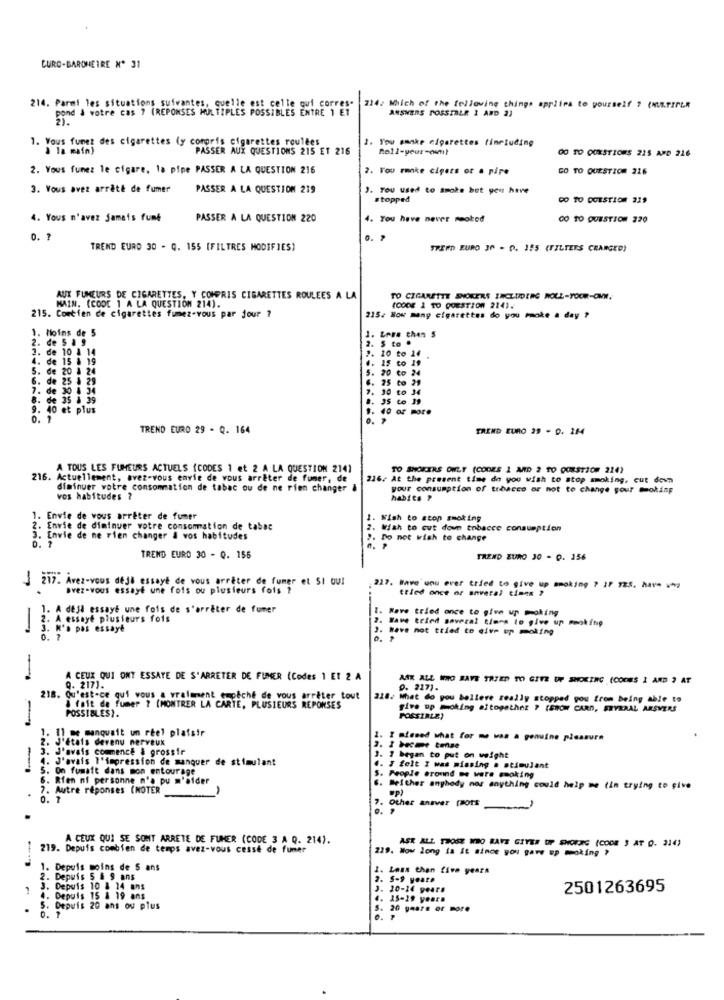
CURO-BAROMETRE Nº 31
214. Parmi les situations suivantes, quelle est celle qui corres.
pond & votre cas ? (REPONSES MULTIPLES POSSIBLES ENTRE 1 ET
2242 Which of the following things applies to yourself ? (METIFLR
ANSWERS POSSIBLE 1 AND 2)
1. Vous funet des cigarettes (y compris cigarettes roulées
1. You sanke cigarettes (including
· à la main)
PASSER AUX QUESTIONS 215 ET 216
00 TD QUESTIONS 225 AMD 216
2. Vous funez le cigare, la pipe PASSER A LA QUESTION 216
. You rmnke cigets or a pipe
GO TO QUESTION 226
3. Vous avez arrêté de fumer
PASSER A LA QUESTION 219
J. Tou used to smoke but you have
stopped
CO TO DOESTION 219
4. Yous m'avez jamais fumé
PASSER A LA QUESTION 220
4. You have never seoked
GO TO QUESTION 220
0. ?
0.
TREND EURO 30 - Q. 155 (FILTRES MODIFIES)
TREPD EURO 30 - 0. 155 (FILTERS CHANGED)
AUX FUMEURS DE CIGARETTES, Y COMPRIS CIGARETTES ROULEES A LA
TO CIGARETTE SNOKERS INCLUDING ROLL-YOUR-OWN.
MAIN. (CODE ] A LA QUESTION 214).
(CODE 1 TO QUESTION 214).
215. Combien de cigarettes fumez-vous par jour ?
2152 How many cigarettes do you make a day ?
1. Moins de 5
Lere then 5
2. de 5 & 9
$ to .
2. de 10 A 14
10 to 14
4. de 15 & 19
15 to 19
5. de 20 1 24
0 to 24
6. de 25 $ 29
15 to
7. de 30 6 34
30 to J
8. de 35 a 39
9. 40 et plus
TREND EURO 29 - Q. 164
TREND EURO 29 - D. 264
A TOUS LES FUMEURS ACTUELS (CODES 1 et 2 A LA QUESTION 2141
TO SHOKERS ONLY (CODES 1 AND 2 TO OOBST200 214)
216. Actuellement, avez-vous envie de vous arrêter de fumer, de
216. At the present time do you wish to stop smoking, cut down
diminuer votre consommation de tabac ou de ne rien changer &
your consumption of tobacco or not to change your mookimp
vos habitudes ?
habits ?
1. Envie de vous arrêter de fumer
1. Wish to stop smoking
2. Envie de diminuer votre consommation de tabac
2. Wish to cut down tobacce consumption
3. Envie de ne rien changer & vos habitudes
0. 7
". Do not wish to change
TREND EURO 30 - Q. 156
TREND EURO 30 - Q. 156
J 217. Avez-vous deje essaye de vous arrêter de fumer et SI OUI
avez-vous essaye une fois ou plusieurs fois ?
227. Mave onu ever tried to give up smoking ? 27 T25. have v*v.
tried once or anveral times ?
. A dejl essayé une fois de s'arrêter de fumer
1. Nave tried once to give up moking
2.
A essayé plusieurs fois
2. Have tried several tiers to give up meoking
-
3. N'a pas essayé
3. Have not tried to Give up moking
-
A CEUX QUI ONT ESSAYE DE S'ARRETER DE FUMER (Codes 1 Et 2 A
MAK ALL WHO HAVE TRIED TO GIVE UP SMOKING (COOMS I AND , AT
9. 217).
9. 217).
218. Qu'est-ce qui vous a vraiment empeche de vous arrêter tout
218. What do you believe zeally stopped you from being able to
& fait de fumer ? (MONTRER LA CARTE, PLUSIEURS REPONSES
POSSIBLES).
give up moking altogether ? (ENÓW CARD, SEVERAL ARSVERS
POSSIBLE)
-
11 me manquait un réel plaisir
J'étais devenu nerveux
1. I missed what for me was a genuine pleasure
J'avais commence & grossir
2. 1 becme tense
. J'avais l'impression de manquer de stimulant
3. 7 began to put on weight
On fumait dans mon entourage
.. I felt I was missing . stimulant
6. Rfen ni personne n'a pu m'aider
5. People around me ware smoking
7. Autre réponses (NOTER
. Seither anyhody moz anything could help me (im trying to pive
7. Other anaver [BOTE
-
A CEUX QUI SE SONT ARRETE DE FUMER (CODE 3 A Q. 214).
ASK ALL THOSE WHO BAYE GIVER UP SHORTG (CODE ) AT O. 214)
219. Depuis combien de temps avez-vous cesse de fumer
219. How long is it since you gave up moking ,
1. Depuis moins de 5 ans
1. Less than five years
2. Depuis 5 & 9 ans
2. 5-9 years
3. Depuis 10 & 14 875
3. 20-14 years
2501263695
4. Depuis 15 & 19 ans
4. 25-19 years
S. Depuis 20 ans ou plus
0.
5. 20 years or more